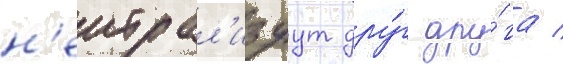
н'еитрал'изуут дру́г дру́га /